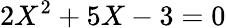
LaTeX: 2X^{2}+5X-3=0